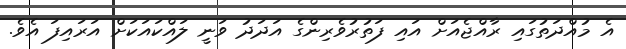
އެ މުއްދަތުގައި ރާއްޖެއަށް އައި ފަތުރުވެރިންގެ އަދަދު ވަނީ ލައްކައަކަށް އަރައިފަ އެވެ.